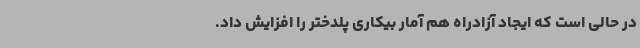
در حالی است که ایجاد آزادراه هم آمار بیکاری پلدختر را افزایش داد.